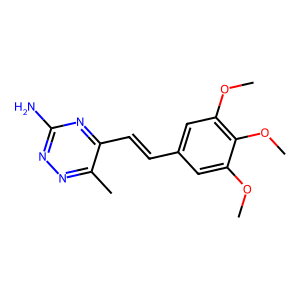
SMILES: COc1cc(C=Cc2nc(N)nnc2C)cc(OC)c1OC
Inhibits HIV replication: No